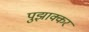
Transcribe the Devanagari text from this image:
पुझाक्कर